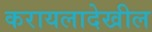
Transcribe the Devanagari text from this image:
करायलादेखील